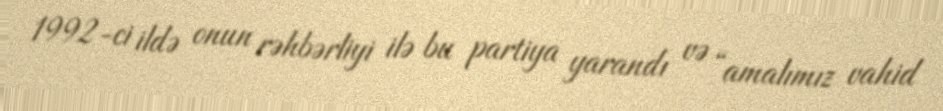
1992-ci ildə onun rəhbərliyi ilə bu partiya yarandı və “amalımız vahid